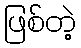
ဖြစ်တဲ့